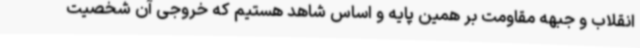
انقلاب و جبهه مقاومت بر همین پایه و اساس شاهد هستیم که خروجی آن شخصیت